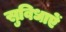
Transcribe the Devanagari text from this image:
सुविधाएें